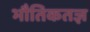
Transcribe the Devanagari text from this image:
भौतिकतज्ञ